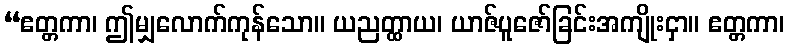
“ဧတ္တကာ၊ ဤမျှလောက်ကုန်သော။ ယညတ္ထာယ၊ ယာဇ်ပူဇော်ခြင်းအကျိုးငှာ။ ဧတ္တကာ၊